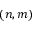
( n , m )